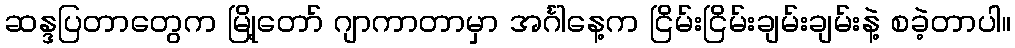
ဆန္ဒပြတာတွေက မြို့တော် ဂျာကာတာမှာ အင်္ဂါနေ့က ငြိမ်းငြိမ်းချမ်းချမ်းနဲ့ စခဲ့တာပါ။